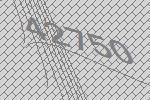
42750